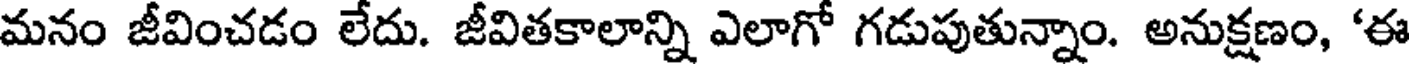
మనం జీవించడం లేదు. జీవితకాలాన్ని ఎలాగో గడుపుతున్నాం. అనుక్షణం, 'ఈ